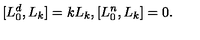
[ L _ { 0 } ^ { d } , L _ { k } ] = k L _ { k } , [ L _ { 0 } ^ { n } , L _ { k } ] = 0 .